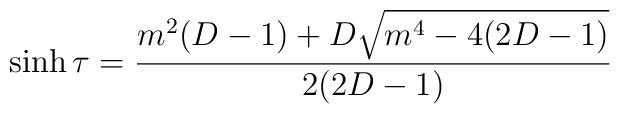
\sinh\tau=\frac{m^2(D-1)+ D\sqrt{m^4-4(2D-1)}}{2(2D-1)}